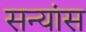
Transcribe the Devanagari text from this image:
सन्यांस